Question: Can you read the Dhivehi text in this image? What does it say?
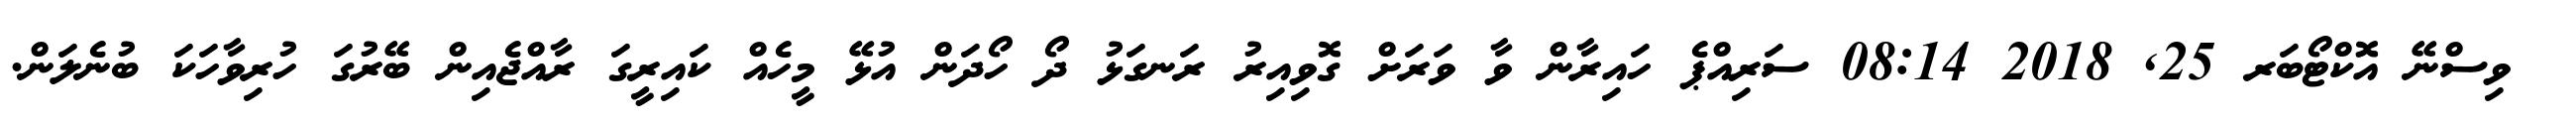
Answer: ? ވިސްނޭ އޮކްޓޯބަރ 25, 2018 08:14 ސަރިއްޕެ ހައިރާން ވާ ވަރަށް ގޮވިއިރު ރަނގަޅު ދޯ ހޯދަން އުޅޭ މީހެއް ކައިރީގަ ރާއްޖެއިން ބޭރުގަ ހުރިވާހަކަ ބުނެލަން.